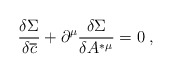
\begin{align*}\frac{\delta \Sigma }{\delta \overline{c}}+\partial ^\mu \frac{\delta \Sigma }{\delta A^{*\mu }}=0\;, \end{align*}